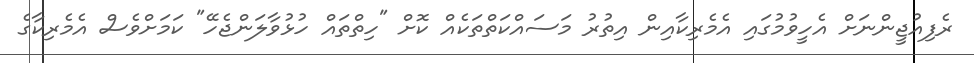
ރެފިއުޖީންނަށް އެހީވުމުގައި އެމެރިކާއިން އިތުރު މަސައްކަތްތަކެއް ކޮށް "ހިތްތައް ހުޅުވާލަންޖެހޭ" ކަމަށްވެސް އެމެރިކާގެ